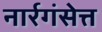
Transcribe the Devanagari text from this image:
नार्रगंसेत्त